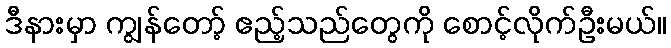
ဒီနားမှာ ကျွန်တော့် ဧည့်သည်တွေကို စောင့်လိုက်ဦးမယ်။